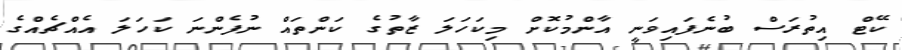
ކޭޓް އިތުރަސް ބުނެފައިވަނީ އާންމުކޮށް މިކަހަލަ ޒާތުގެ ކަންތައް ނުފެންނަ ކަހަލަ އެއްޗެއްގެ